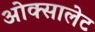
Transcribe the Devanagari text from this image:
ओक्सालेट